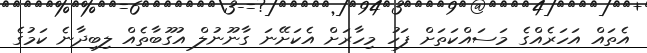
އެތައް އަހަރެއްގެ މަސައްކަތަށް ފަހު މިހާރަށް އެކަށޭނަ ގާނޫނުލް އުގޫބާތެއް ލިބިދާނެ ކަމުގެ